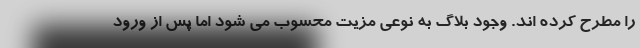
را مطرح کرده اند. وجود بلاگ به نوعی مزیت محسوب می شود اما پس از ورود